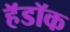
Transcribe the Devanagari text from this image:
हॅडॉक